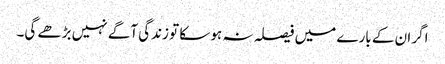
اگر ان کے بارے میں فیصلہ نہ ہو سکا تو زندگی آگے نہیں بڑھے گی۔